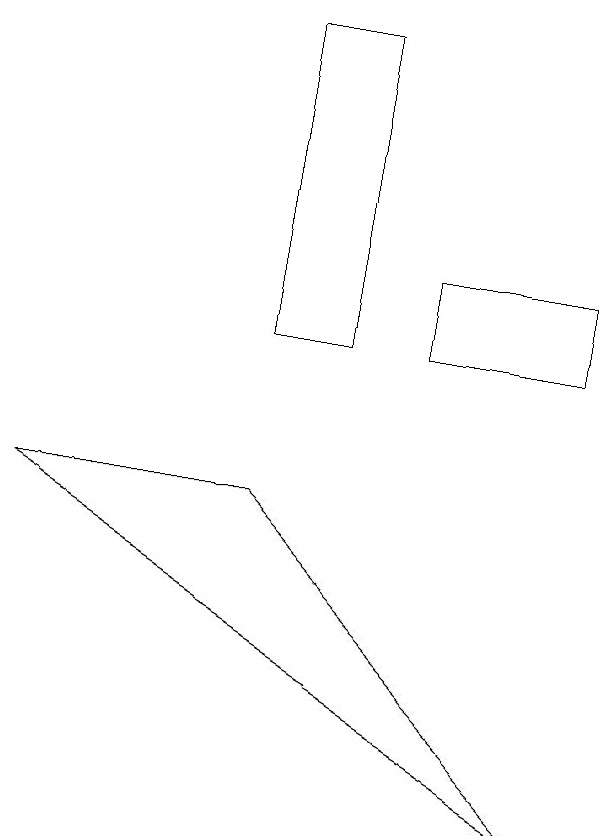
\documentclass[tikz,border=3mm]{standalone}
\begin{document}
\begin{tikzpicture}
\draw (6,11) rectangle (5,15);
\draw (2,9) -- (9,5) -- (5,9) -- cycle;
\draw (7,11) rectangle (9,12);
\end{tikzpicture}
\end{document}